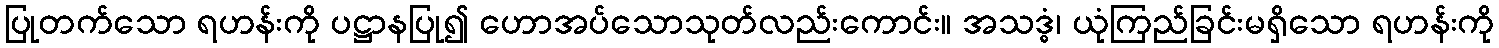
ပြုတက်သော ရဟန်းကို ပဋ္ဌာနပြု၍ ဟောအပ်သောသုတ်လည်းကောင်း။ အသဒ္ဓံ၊ ယုံကြည်ခြင်းမရှိသော ရဟန်းကို